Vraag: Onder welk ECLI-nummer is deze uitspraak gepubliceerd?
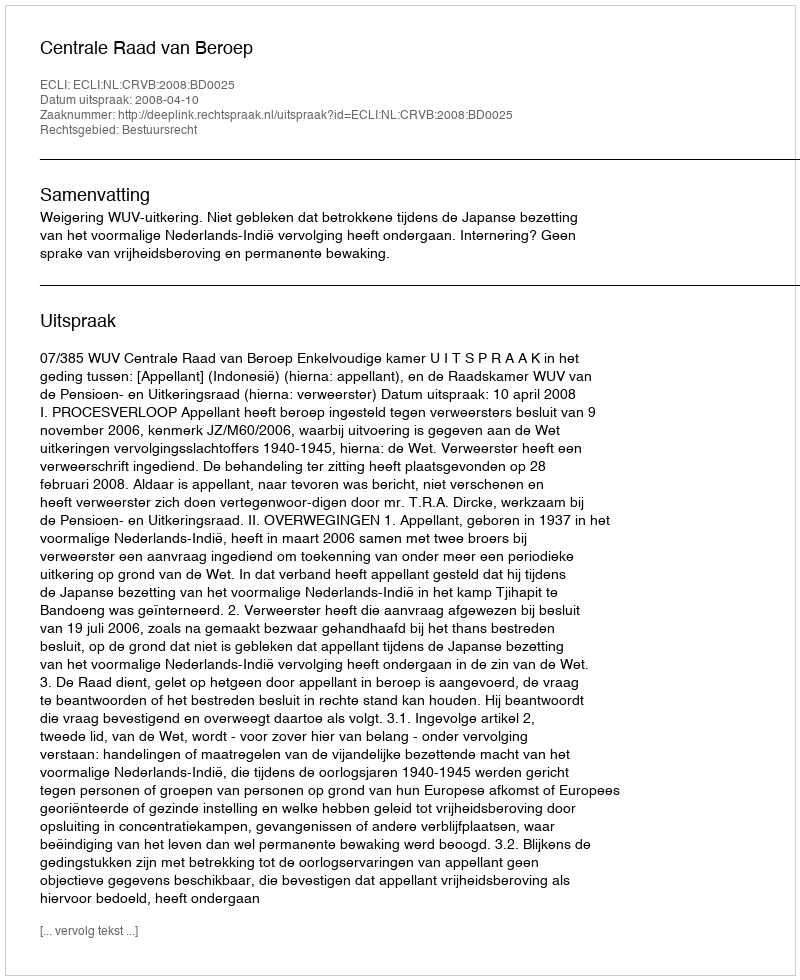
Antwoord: ECLI:NL:CRVB:2008:BD0025